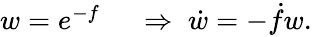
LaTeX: \begin{array}{rl}{w=e^{-f}\; }&{{}\Rightarrow\; \dot{w}=-\dot{f}w.}\end{array}